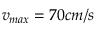
v _ { m a x } = 7 0 c m / s